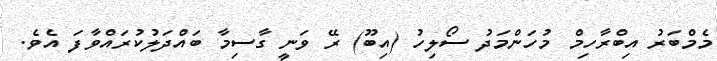
މެމްބަރު އިބްރާހިމް މުހަންމަދު ސޯލިހު (އިބޫ) ރޭ ވަނީ ގާސިމާ ބައްދަލުކުރައްވާފަ އެވެ.